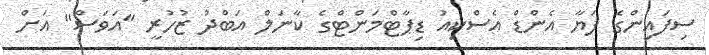
ސިފައިންގެ ފަޔާ އެންޑް އެސްކިއު ޑިޕާޓްމަންޓްގެ ކާނަލް އަބްދު ޒުހުރީ "އަވަސް" އަށް